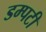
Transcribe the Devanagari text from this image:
डम्पटी